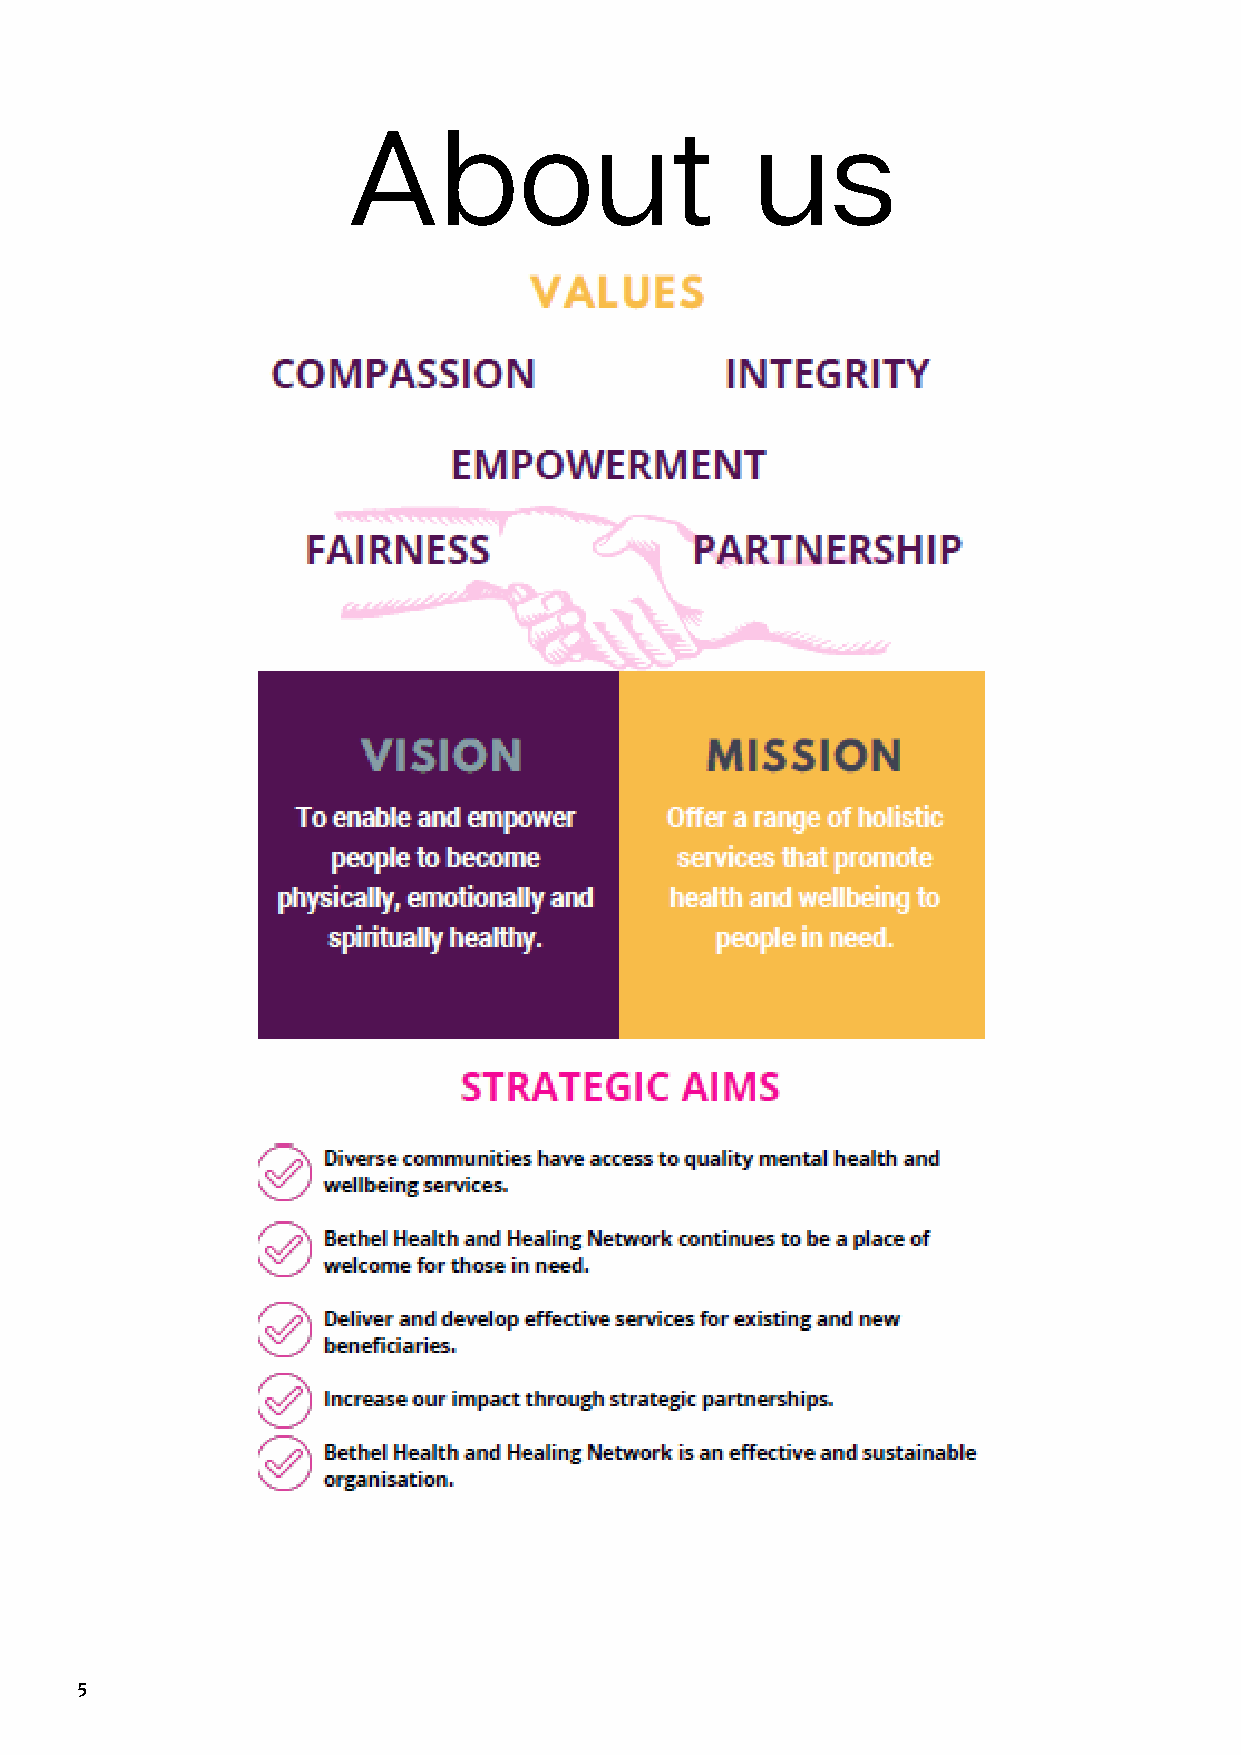
About                      us
 5